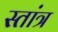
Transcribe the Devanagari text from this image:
स्तांत्र